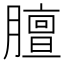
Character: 膻